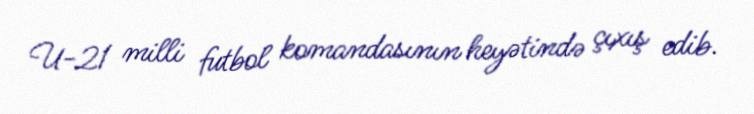
U-21 milli futbol komandasının heyətində çıxış edib.